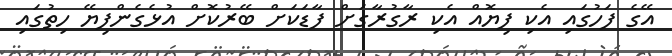
އޭގެ ފަހުގައި އެކި ފިޔޮއް އެކި ރާގުރާގަށް ފާޑަކަށް ބޭރުކޮށް އުޅެގެންފިޔޭ ހިތުގައި